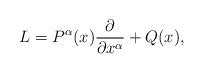
LaTeX: \begin{align*}L=P^\alpha(x)\frac\partial{\partial x^\alpha}+Q(x),\end{align*}